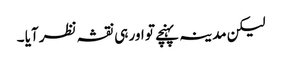
لیکن مدینہ پہنچے تو اور ہی نقشہ نظر آیا ۔